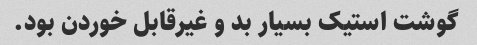
گوشت استیک بسیار بد و غیرقابل خوردن بود.